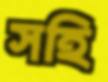
সহি